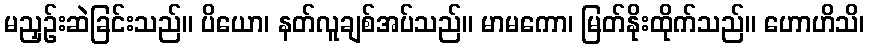
မညှဉ်းဆဲခြင်းသည်။ ပိယော၊ နတ်လူချစ်အပ်သည်။ မာမကော၊ မြတ်နိုးထိုက်သည်။ ဟောဟိသိ၊